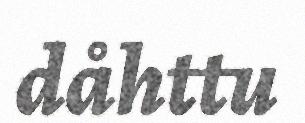
dåhttu